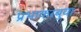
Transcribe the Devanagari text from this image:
प्रभाकरबुवा